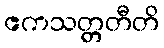
ဧကသတ္တတီတိ